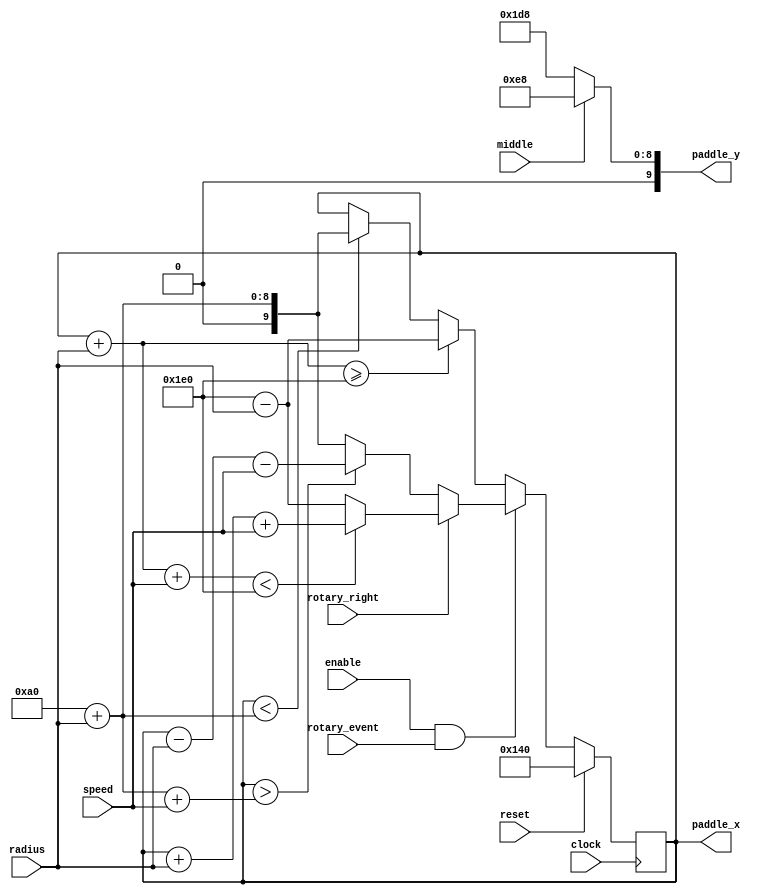
module paddle_control(
	input clock, reset, enable, rotary_event, rotary_right,
	input [4:0] speed,
	input [5:0] radius,
	input middle,
	output reg [9:0] paddle_x, paddle_y
);

localparam PD_H = 8;
localparam MAXX = 320;
localparam MAXY = 480;
localparam LEFT = 160;
localparam TOP = 0;

reg [9:0] next_x, next_y;

always @(*)
begin
	if (middle)
		paddle_y = TOP+MAXY/2-PD_H;
	else
		paddle_y = TOP+MAXY-PD_H;

end

always @(posedge clock)
begin
	if (reset) begin
		paddle_x <= LEFT + MAXX/2;
	end else begin
		paddle_x <= next_x;
	end
end

always @(*)
begin
	if (enable && rotary_event) begin
		if (rotary_right) begin
			if (paddle_x + radius + speed < LEFT + MAXX)
				next_x = paddle_x + radius + speed;
			else
				next_x = LEFT + MAXX - radius;
		end else begin
			if (paddle_x > LEFT + radius + speed)
				next_x = paddle_x - radius - speed;
			else
				next_x = LEFT + radius;
		end
	end else begin
		if (paddle_x + radius >= LEFT + MAXX)
			next_x = LEFT + MAXX - radius;
		else if (paddle_x < LEFT + radius)
			next_x = LEFT + radius;
		else
			next_x = paddle_x;
	end

end

endmodule